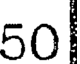
50